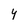
Character: Y